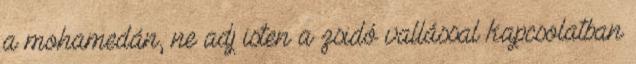
a mohamedán, ne adj isten a zsidó vallással kapcsolatban